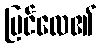
မြင်လေ၏